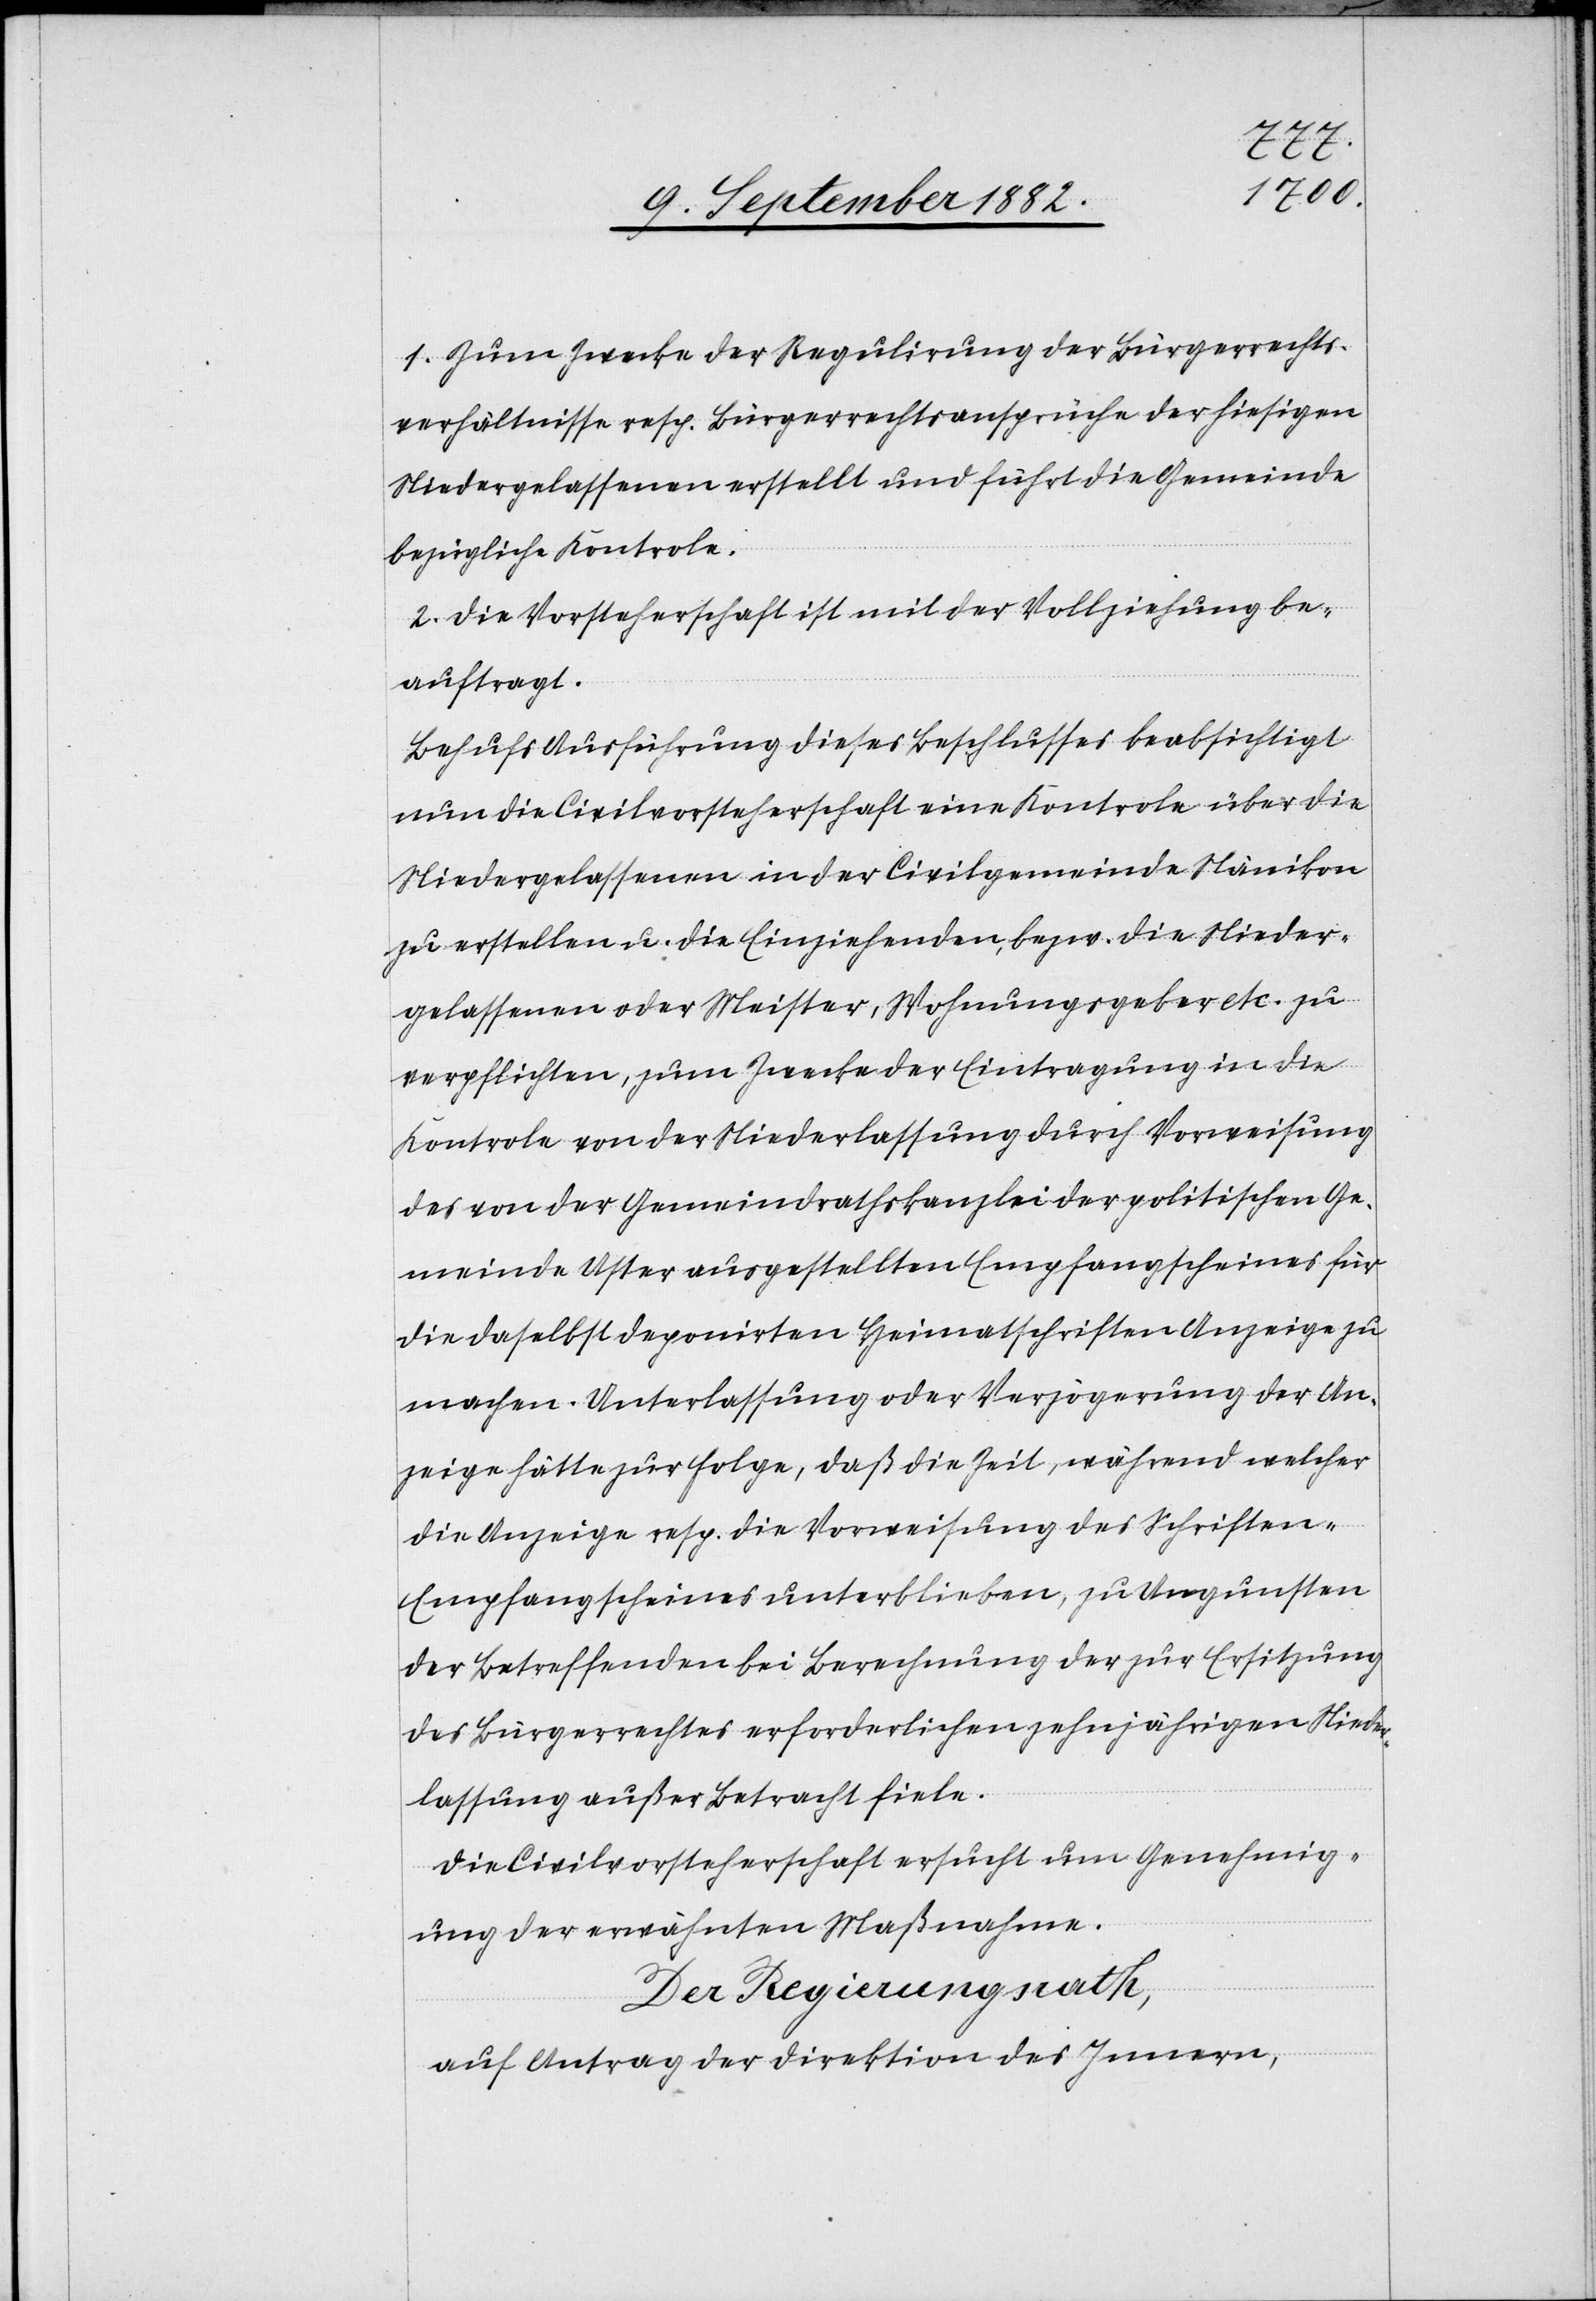
1. Zum Zwecke der Regulirung der Bürgerrechts¬
verhältnisse resp. Bürgerrechtsansprüche der hiesigen
Niedergelassenen erstellt und führt die Gemeinde
bezügliche Kontrole.
2. Die Vorsteherschaft ist mit der Vollziehung be¬
auftragt.
Behufs Ausführung dieses Beschlusses beabsichtigt
nun die Civilvorsteherschaft eine Kontrole über die
Niedergelassenen in der Civilgemeinde Nänikon
zu erstellen u. die Einziehenden bezw. die Nieder¬
gelassenen oder Meister, Wohnungsgeber etc. zu
verpflichten, zum Zwecke der Eintragung in die
Kontrole von der Niederlassung durch Vorweisung
des von der Gemeindrathskanzlei der politischen Ge¬
meinde Uster ausgestellten Empfangscheines für
die daselbst deponirten Heimatschriften Anzeige zu
machen. Unterlassung oder Verzögerung der An¬
zeige hätte zur Folge, daß die Zeit, während welcher
die Anzeige resp. die Vorweisung des Schriften-E¬
mpfangscheines unterblieben, zu Ungunsten
des Betreffenden bei Berechnung der zur Ersitzung
des Bürgerrechtes erforderlichen zehnjährigen Nieder¬
lassung außer Betracht fiele.
Die Civilvorsteherschaft ersucht um Genehmig¬
ung der erwähnten Maßnahmen.
Der Regierungsrath,
auf Antrag der Direktion des Innern,